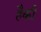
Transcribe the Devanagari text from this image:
हैकी